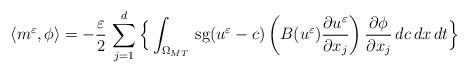
LaTeX: \begin{align*}\left<m^{\varepsilon},\phi\right> = -\frac{\varepsilon}{2}\,\displaystyle\sum_{j=1}^{d}\Big\{\int_{\Omega_{MT}}\,\mbox{sg}(u^{\varepsilon}-c)\left(B(u^{\varepsilon})\frac{\partial u^{\varepsilon}}{\partial x_{j}}\right)\frac{\partial\phi}{\partial x_{j}}\,dc\,dx\,dt\Big\}\end{align*}